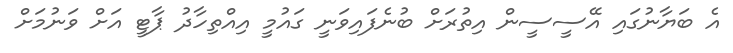
އެ ބަޔާނުގައި އޭސީސީން އިތުރަށް ބުނެފައިވަނީ ގައުމީ އިއްތިހާދު ޕާޓީ އަށް ވަނުމަށް